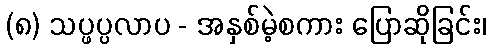
(၈) သပ္ဖပ္ပလာပ - အနှစ်မဲ့စကား ပြောဆိုခြင်း၊